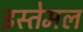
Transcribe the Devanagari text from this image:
इस्तेमल